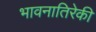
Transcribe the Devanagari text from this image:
भावनातिरेकी